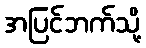
အပြင်ဘက်သို့